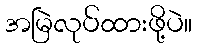
အမြဲလုပ်ထားဖို့ပဲ။